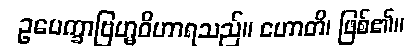
ဥပေက္ခာဗြဟ္မဝိဟာရသည်။ ဟောတိ၊ ဖြစ်၏။